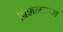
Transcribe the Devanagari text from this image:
बिशनदास